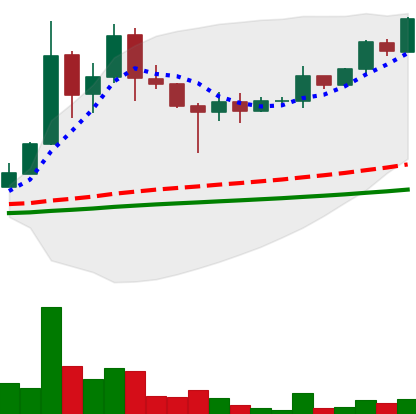
Ticker: DOGE-USD
Chart end date: 2021-05-03
Forward return: 44.086%
Label: up_7plus